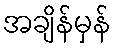
အချိန်မှန်